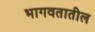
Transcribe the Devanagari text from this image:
भागवतातील